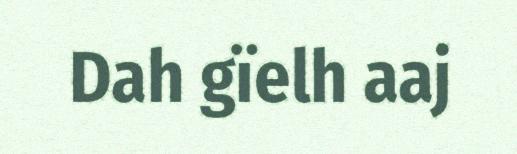
Dah gïelh aaj